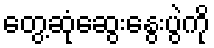
တွေ့ဆုံဆွေးနွေးပွဲကို